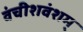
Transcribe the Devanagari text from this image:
वंचीशवंशम्